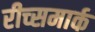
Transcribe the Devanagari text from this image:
रीच्समार्क